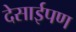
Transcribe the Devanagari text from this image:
देसाईपण